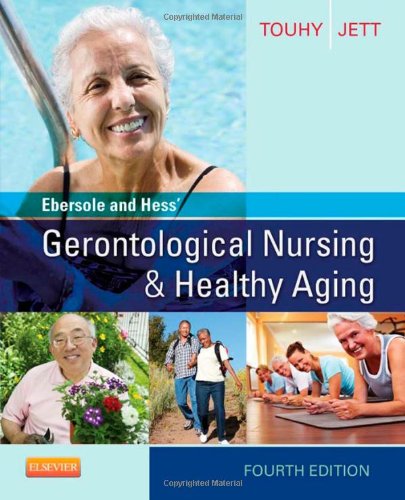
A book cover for Ebersole and Hess' Gerontological Nursing & Healthy Aging, 4e; Theris A. Touhy DNP  CNS  DPNAP; Medical Books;